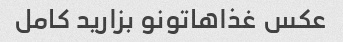
عکس غذاهاتونو بزارید کامل